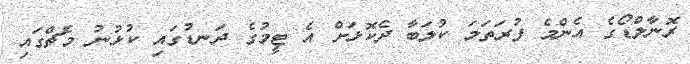
ރޮނާލްޑޯގެ އެންމެ ފުރަތަމަ ކުލަބާ ދެކޮޅަށް އެ ޓީމުގެ ދަނޑުގައި ކުޅުނު މެޗްގައި